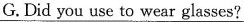
G. Did you use to wear glasses?